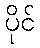
ပိုင်